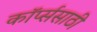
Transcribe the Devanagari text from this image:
कॉर्प्ससाठी